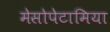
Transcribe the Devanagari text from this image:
मेसोपेटामिया